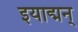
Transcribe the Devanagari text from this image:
इयाद्मन्